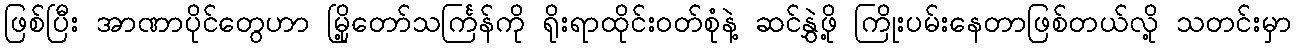
ဖြစ်ပြီး အာဏာပိုင်တွေဟာ မြို့တော်သင်္ကြန်ကို ရိုးရာထိုင်းဝတ်စုံနဲ့ ဆင်နွှဲဖို့ ကြိုးပမ်းနေတာဖြစ်တယ်လို့ သတင်းမှာ